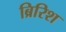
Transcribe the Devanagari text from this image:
ब्रिरिश